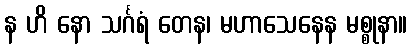
န ဟိ နော သင်္ဂရံ တေန၊ မဟာသေနေန မစ္စုနာ။